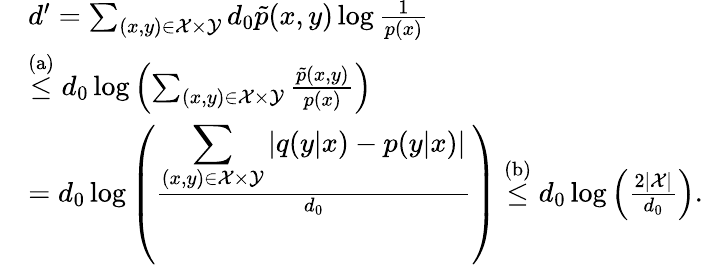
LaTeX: \begin{array}{rl}&{d^{\prime}=\sum_{\scriptstyle(x,y){\scriptstyle\in{\cal X}\times{\cal Y}}}d_{0}\tilde{p}(x,y)\log\frac{1}{p(x)}}\\ &{\stackrel{\mathrm{(a)}}{\leq}d_{0}\log\left(\sum_{\scriptstyle(x,y){\scriptstyle\in{\cal X}\times{\cal Y}}}\frac{\tilde{p}(x,y)}{p(x)}\right)}\\ &{=d_{0}\log\left(\frac{\displaystyle\sum_{\scriptstyle(x,y){\scriptstyle\in{\cal X}\times{\cal Y}}}|q(y|x)-p(y|x)|}{d_{0}}\right)\stackrel{\mathrm{(b)}}{\leq}d_{0}\log\left(\frac{2|{\cal X}|}{d_{0}}\right).}\end{array}